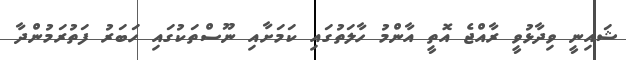
ޝައިނީ ވިދާޅުވީ ރާއްޖެ އޮތީ އާންމު ހާލަތުގައި ކަމަށާއި ނޫސްތަކުގައި ހަބަރު ފަތުރަމުންދާ